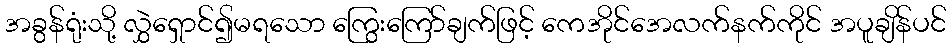
အခွန်ရုံးသို့ လွှဲရှောင်၍မရသော ကြွေးကြော်ချက်ဖြင့် ကေအိုင်အေလက်နက်ကိုင် အပူချိန်ပင်